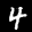
Label: 4